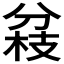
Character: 𠔢